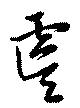
虞